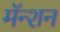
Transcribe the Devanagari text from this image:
मॅन्शन